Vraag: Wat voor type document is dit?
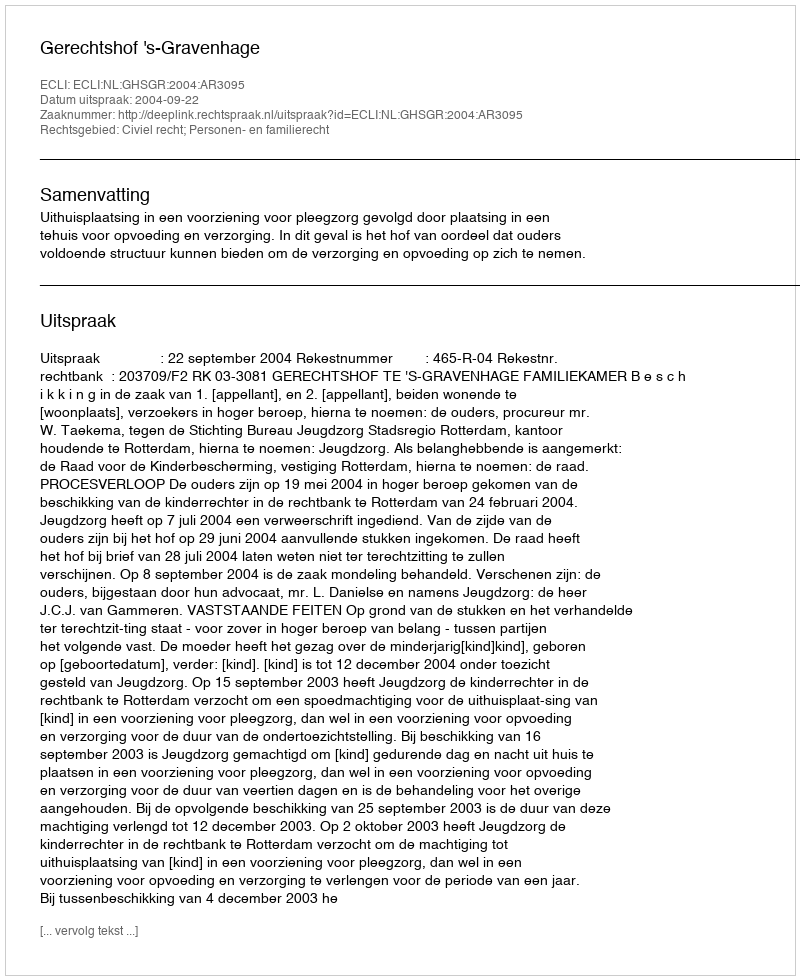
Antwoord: Uitspraak